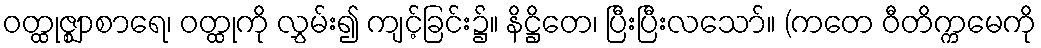
ဝတ္ထုဇ္ဈာစာရေ၊ ဝတ္ထုကို လွှမ်း၍ ကျင့်ခြင်း၌။ နိဋ္ဌိတေ၊ ပြီးပြီးလသော်။ (ကတေ ဝီတိက္ကမေကို